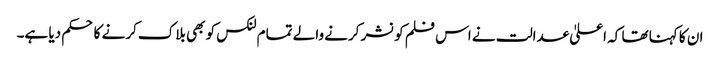
ان کا کہنا تھا کہ اعلیٰ عدالت نے اس فلم کو نشر کرنے والے تمام لنکس کو بھی بلاک کرنے کا حکم دیا ہے۔